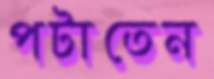
পটাতেন